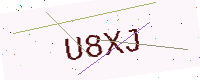
Text: U8XJ